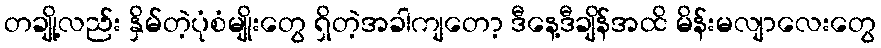
တချို့လည်း နှိမ်တဲ့ပုံစံမျိုးတွေ ရှိတဲ့အခါကျတော့ ဒီနေ့ဒီချိန်အထိ မိန်းမလျာလေးတွေ